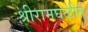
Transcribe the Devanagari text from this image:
श्रीरामघळीत